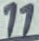
Text: 11